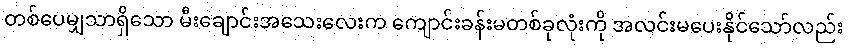
တစ်ပေမျှသာရှိသော မီးချောင်းအသေးလေးက ကျောင်းခန်းမတစ်ခုလုံးကို အလင်းမပေးနိုင်သော်လည်း